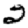
Digit: 2